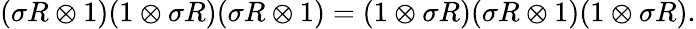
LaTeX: (\sigma R\otimes 1)(1\otimes\sigma R)(\sigma R\otimes 1)=(1\otimes\sigma R)(\sigma R\otimes 1)(1\otimes\sigma R).